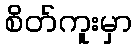
စိတ်ကူးမှာ